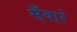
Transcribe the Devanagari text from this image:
सँवारे